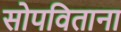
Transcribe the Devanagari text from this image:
सोपविताना